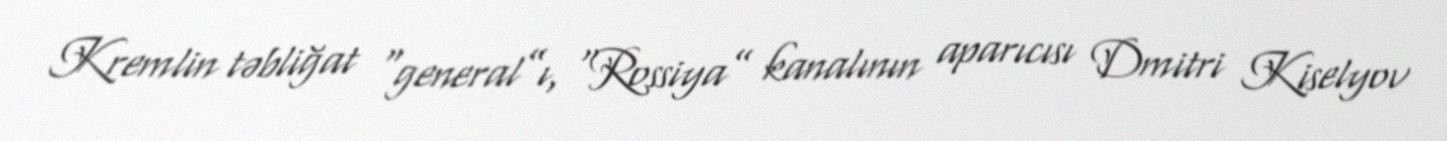
Kremlin təbliğat “general”ı, “Rossiya” kanalının aparıcısı Dmitri Kiselyov